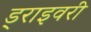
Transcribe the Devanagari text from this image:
ड्राइवरी